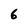
Character: 6